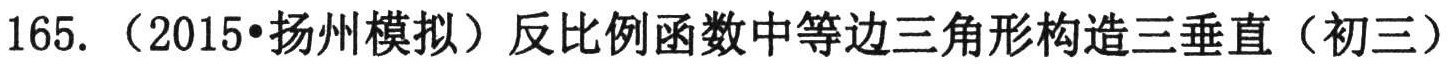
165.（2015•扬州模拟）反比例函数中等边三角形构造三垂直（初三）